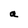
Character: a